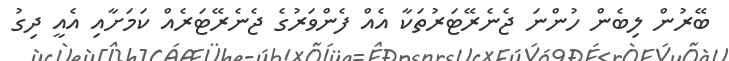
ބޭރުން ލިބެން ހުންނަ ޖެނެރޭޓަރުތަކާ އެއް ފެންވަރުގެ ޖެނެރޭޓަރެއް ކަމަށާއި އެއީ ދިގު